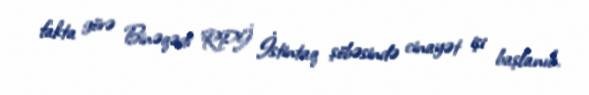
fakta görə Binəqədi RPİ İstintaq şöbəsində cinayət işi başlanıb.